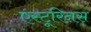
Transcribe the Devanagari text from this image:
एस्टूरिनस